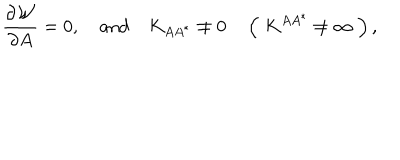
{ \frac { \partial { \cal W } } { \partial A } } = 0 , \quad \mathrm { a n d } \quad K _ { A A ^ { * } } \not = 0 \quad \left( \; K ^ { A A ^ { * } } \not = \infty \; \right) ,